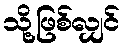
သို့ဖြစ်လျှင်